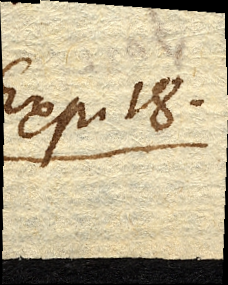
Exp. 18.